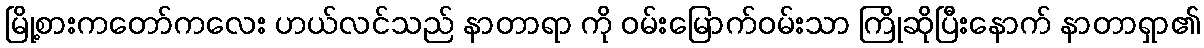
မြို့စားကတော်ကလေး ဟယ်လင်သည် နာတာရာ ကို ဝမ်းမြောက်ဝမ်းသာ ကြိုဆိုပြီးနောက် နာတာရှာ၏